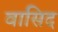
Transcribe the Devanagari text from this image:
वासिद